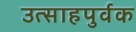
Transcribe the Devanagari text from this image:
उत्साहपुर्वक